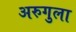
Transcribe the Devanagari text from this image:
अरुगुला